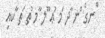
ްނގެ ްނ ާދ ަމ ުޢ ޫލ ާމ ުތ ަތ ާކއި